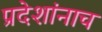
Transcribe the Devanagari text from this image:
प्रदेशांनाच